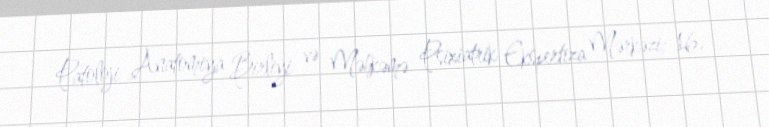
Patoloji Anatomiya Birliyi və Məhkəmə Psixiatrik Ekspertiza Mərkəzi; 16.